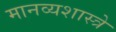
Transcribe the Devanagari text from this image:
मानव्यशास्त्रे